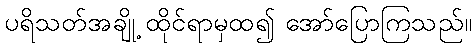
ပရိသတ်အချို့ ထိုင်ရာမှထ၍ အော်ပြောကြသည်။